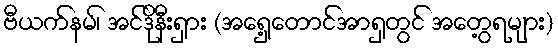
ဗီယက်နမ်၊ အင်ဒိုနီးရှား (အရှေ့တောင်အာရှတွင် အတွေ့ရများ)